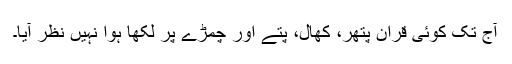
آج تک کوئی قران پتھر، کھال، پتے اور چمڑے پر لکھا ہوا نہیں نظر آیا۔